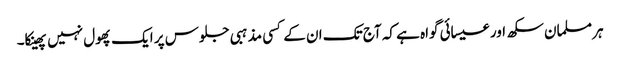
ہر مسلمان سکھ اور عیسائی گواہ ہے کہ آج تک ان کے کسی مذہبی جلوس پر ایک پھول نہیں پھینکا۔